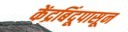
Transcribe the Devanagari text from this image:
केंद्रबिंदूपासून